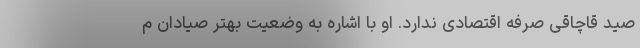
صید قاچاقی صرفه اقتصادی ندارد. او با اشاره به وضعیت بهتر صیادان م